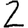
Digit: 2